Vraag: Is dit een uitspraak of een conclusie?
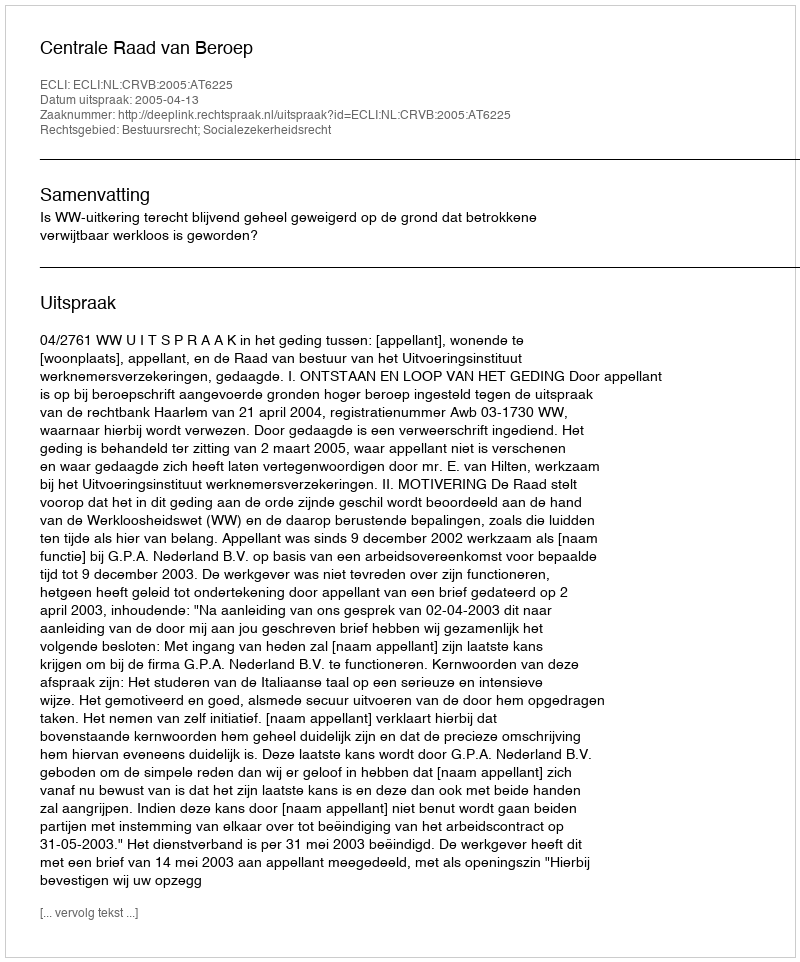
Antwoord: Uitspraak